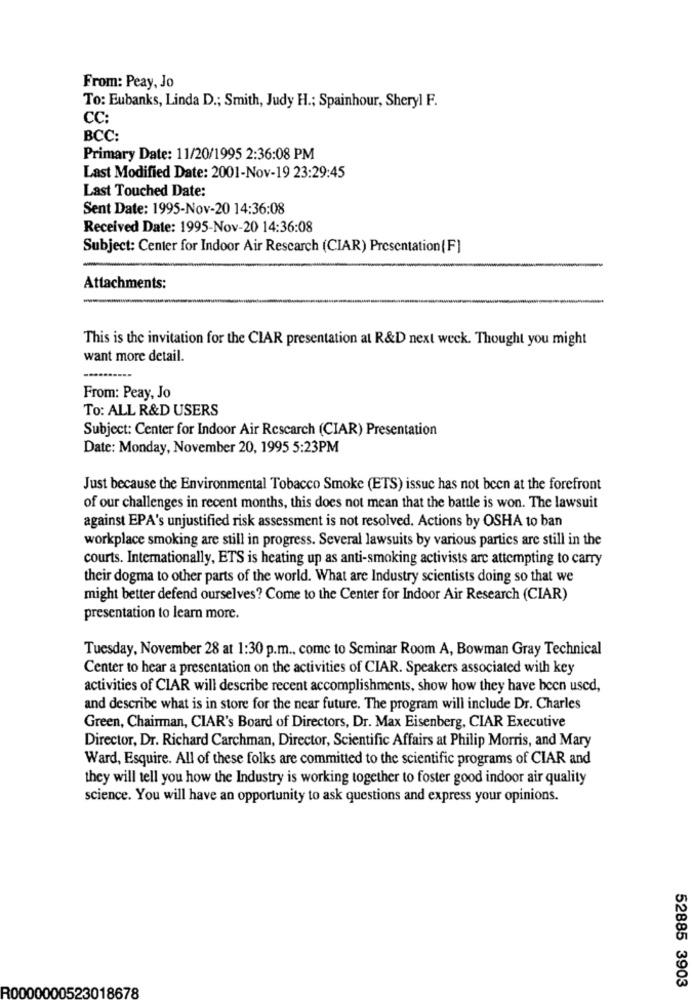
From: Peay, Jo
To: Eubanks, Linda D .; Smith, Judy H .; Spainhour, Sheryl F.
CC:
BCC:
Primary Date: 11/20/1995 2:36:08 PM
Last Modified Date: 2001-Nov-19 23:29:45
Last Touched Date:
Sent Date: 1995-Nov-20 14:36:08
Received Date: 1995-Nov-20 14:36:08
Subject: Center for Indoor Air Rescarch (CIAR) Presentation[F]
Attachments:
This is the invitation for the CIAR presentation at R&D next week. Thought you might
want more detail.
From: Peay, Jo
To: ALL R&D USERS
Subject: Center for Indoor Air Rescarch (CIAR) Presentation
Date: Monday, November 20, 1995 5:23PM
Just because the Environmental Tobacco Smoke (ETS) issuc has not been at the forefront
of our challenges in recent months, this does not mean that the battle is won. The lawsuit
against EPA's unjustified risk assessment is not resolved. Actions by OSHA to ban
workplace smoking are still in progress. Several lawsuits by various parties are still in the
courts. Internationally, ETS is heating up as anti-smoking activists arc attempting to carry
their dogma to other parts of the world. What are Industry scientists doing so that we
might better defend ourselves? Come to the Center for Indoor Air Research (CIAR)
presentation to learn more.
Tuesday, November 28 at 1:30 p.m ., come to Seminar Room A, Bowman Gray Technical
Center to hear a presentation on the activities of CIAR. Speakers associated with key
activities of CIAR will describe recent accomplishments, show how they have been used,
and describe what is in store for the near future. The program will include Dr. Charles
Green, Chairman, CIAR's Board of Directors, Dr. Max Eisenberg, CIAR Executive
Director, Dr. Richard Carchman, Director, Scientific Affairs at Philip Morris, and Mary
Ward, Esquire. All of these folks are committed to the scientific programs of CIAR and
they will tell you how the Industry is working together to foster good indoor air quality
science. You will have an opportunity to ask questions and express your opinions.
52885 3903
R0000000523018678